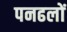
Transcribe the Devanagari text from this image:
पनढलों